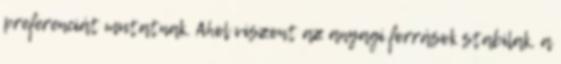
preferenciát mutatnak. Ahol viszont az anyagi források stabilak, a